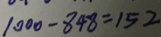
1 0 0 0 - 8 4 8 = 1 5 2